Scottish Leaving Certificate Examination, 1956
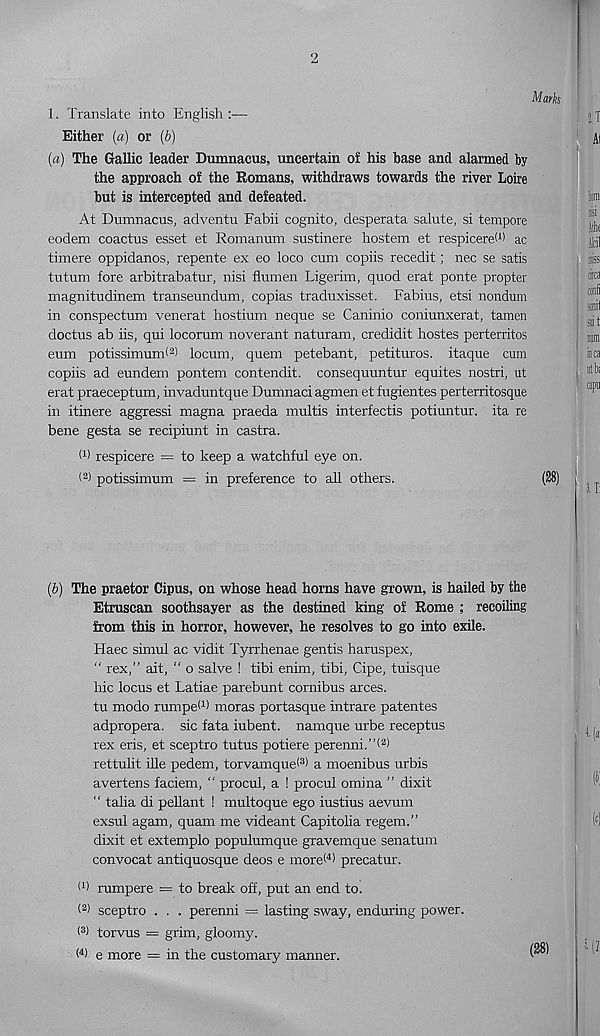
1. Translate into English :—
Either (a) or (b)
(a) The Gallic leader Dumnacus, uncertain of his base and alarmed by
the approach of the Romans, withdraws towards the river Loire
but is intercepted and defeated.
At Dumnacus, adventu Fabii cognito, desperata salute, si tempore
eodem coactus esset et Romanum sustinere hostem et respicered) ac
timere oppidanos, repente ex eo loco cum copiis recedit; nec se satis
tutum fore arbitrabatur, nisi flumen Ligerim, quod erat ponte propter
magnitudinem transeundum, copias traduxisset. Fabius, etsi nondum
in conspectum venerat hostium neque se Caninio coniunxerat, tamen
doctus ab Ms, qui locorum noverant naturam, credidit hostes perterritos
eum potissimum< a > locum, quern petebant, petituros. itaque cum
copiis ad eundem pontem contendit. consequuntur equites nostri, ut
erat praeceptum, invaduntque Dumnaci agmen et fugientes perterritosque
in itinere aggressi magna praeda multis interfectis potiuntur. ita re
bene gesta se recipiunt in castra.
1 1 ) respicere = to keep a watchful eye on.
1 2 ) potissimum = in preference to all others.
(b) The praetor Cipus, on whose head horns have grown, is hailed by the
Etruscan soothsayer as the destined king of Rome ; recoiling
from this in horror, however, he resolves to go into exile.
Haec simul ac vidit Tyrrhenae gentis haruspex,
“ rex,” ait, “ o salve ! tibi enim, tibi, Cipe, tuisque
hie locus et Latiae parebunt cornibus arces.
tu modo rumpeW moras portasque intrare patentes
adpropera. sic fata iubent. namque urbe receptus
rex eris, et sceptro tutus potiere perenni.”( 2 >
rettulit ille pedem, torvamquet 3 ) a moenibus urbis
avertens faciem, “ procul, a ! procul omina ” dixit
“ talia di pellant ! multoque ego iustius aevum
exsul agam, quam me videant Capitoha regem.”
dixit et extemplo populumque gravemque senatum
convocat antiquosque deos e morel 4 ) precatur.
I 1 ) rumpere = to break off, put an end to.
( 2 > sceptro . . . perenni = lasting sway, enduring power.
(3) torvus = grim, gloomy.
W e more = in the customary manner.